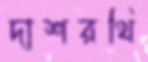
দাশরথি